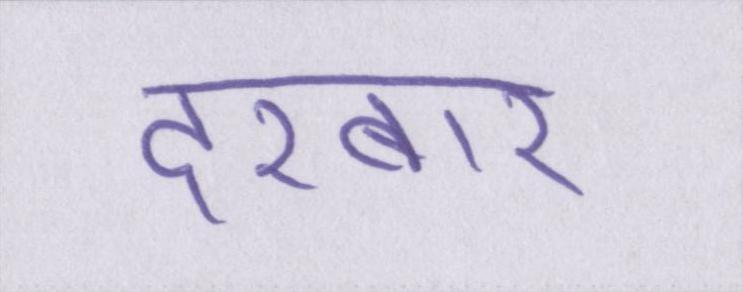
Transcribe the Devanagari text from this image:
दरबार